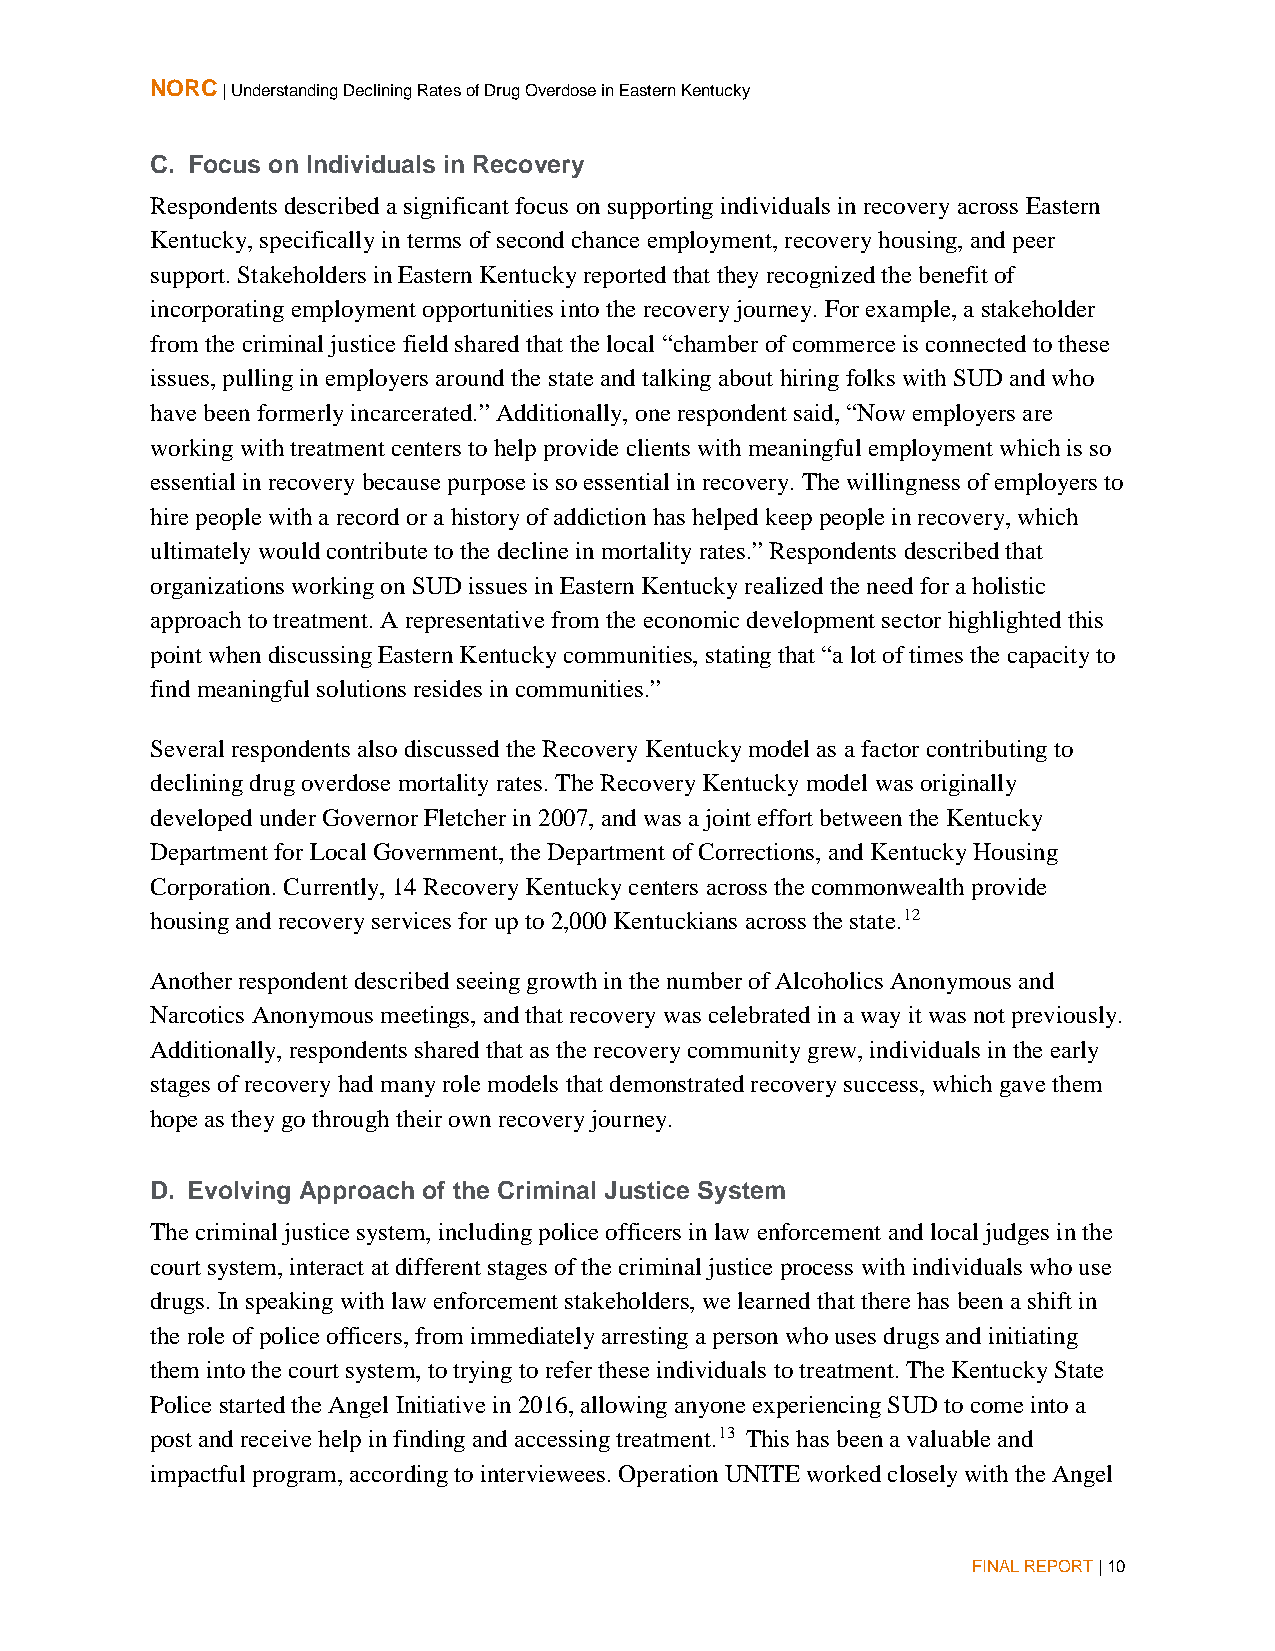
NORC | Understanding Declining Rates of Drug Overdose in Eastern Kentucky
 C. Focus on Individuals in Recovery
 Respondents described a significant focus on supporting individuals in recovery across Eastern
 Kentucky, specifically in terms of second chance employment, recovery housing, and peer
 support. Stakeholders in Eastern Kentucky reported that they recognized the benefit of
 incorporating employment opportunities into the recovery journey. For example, a stakeholder
 from the criminal justice field shared that the local “chamber of commerce is connected to these
 issues, pulling in employers around the state and talking about hiring folks with SUD and who
 have been formerly incarcerated.” Additionally, one respondent said, “Now employers are
 working with treatment centers to help provide clients with meaningful employment which is so
 essential in recovery because purpose is so essential in recovery. The willingness of employers to
 hire people with a record or a history of addiction has helped keep people in recovery, which
 ultimately would contribute to the decline in mortality rates.” Respondents described that
 organizations working on SUD issues in Eastern Kentucky realized the need for a holistic
 approach to treatment. A representative from the economic development sector highlighted this
 point when discussing Eastern Kentucky communities, stating that “a lot of times the capacity to
 find meaningful solutions resides in communities.”
 Several respondents also discussed the Recovery Kentucky model as a factor contributing to
 declining drug overdose mortality rates. The Recovery Kentucky model was originally
 developed under Governor Fletcher in 2007, and was a joint effort between the Kentucky
 Department for Local Government, the Department of Corrections, and Kentucky Housing
 Corporation. Currently, 14 Recovery Kentucky centers across the commonwealth provide
 housing and recovery services for up to 2,000 Kentuckians across the state.12
 Another respondent described seeing growth in the number of Alcoholics Anonymous and
 Narcotics Anonymous meetings, and that recovery was celebrated in a way it was not previously.
 Additionally, respondents shared that as the recovery community grew, individuals in the early
 stages of recovery had many role models that demonstrated recovery success, which gave them
 hope as they go through their own recovery journey.
 D. Evolving Approach of the Criminal Justice System
 The criminal justice system, including police officers in law enforcement and local judges in the
 court system, interact at different stages of the criminal justice process with individuals who use
 drugs. In speaking with law enforcement stakeholders, we learned that there has been a shift in
 the role of police officers, from immediately arresting a person who uses drugs and initiating
 them into the court system, to trying to refer these individuals to treatment. The Kentucky State
 Police started the Angel Initiative in 2016, allowing anyone experiencing SUD to come into a
 post and receive help in finding and accessing treatment.13 This has been a valuable and
 impactful program, according to interviewees. Operation UNITE worked closely with the Angel
 FINAL REPORT | 10